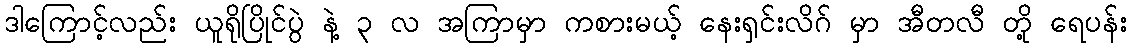
ဒါကြောင့်လည်း ယူရိုပြိုင်ပွဲ နဲ့ ၃ လ အကြာမှာ ကစားမယ့် နေးရှင်းလိဂ် မှာ အီတလီ တို့ ရေပန်း